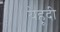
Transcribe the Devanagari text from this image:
येहूदी